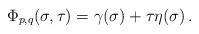
LaTeX: \begin{align*}\Phi_{p,q}(\sigma,\tau)=\gamma(\sigma)+\tau\eta(\sigma)\, .\end{align*}